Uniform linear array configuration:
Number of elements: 48
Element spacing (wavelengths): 0.5
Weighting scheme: binomial
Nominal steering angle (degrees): -45
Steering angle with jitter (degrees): -46.971
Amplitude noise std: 0.05
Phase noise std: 0.05

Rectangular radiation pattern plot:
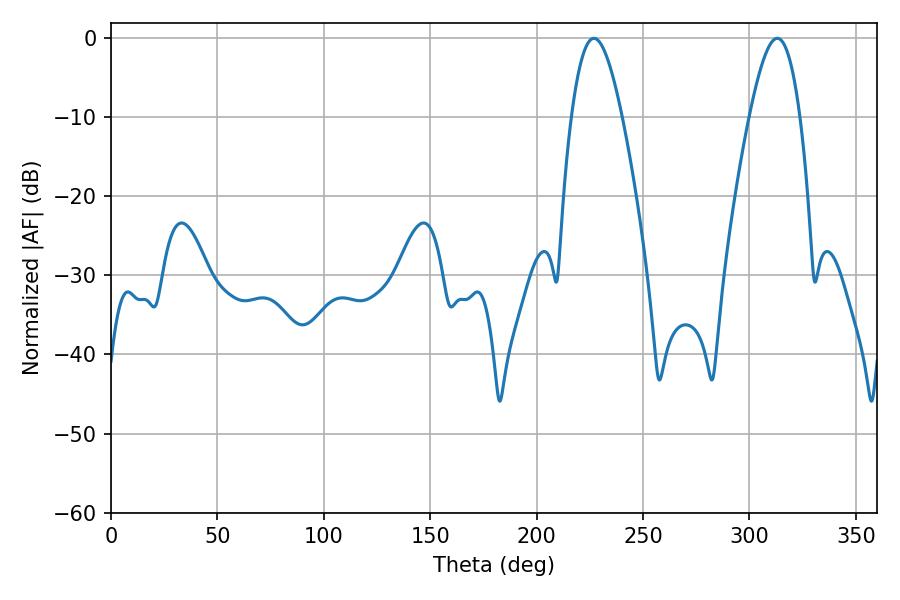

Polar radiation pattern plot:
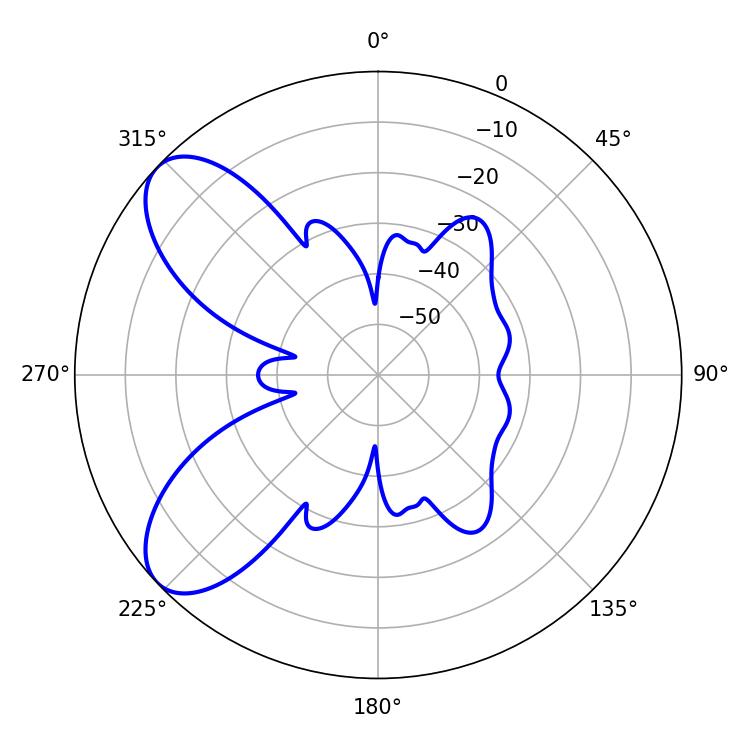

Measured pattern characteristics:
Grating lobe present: FALSE
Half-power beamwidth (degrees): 12.78
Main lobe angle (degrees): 226.98